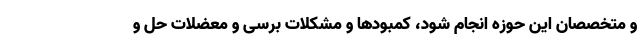
و متخصصان این حوزه انجام شود، کمبودها و مشکلات برسی و معضلات حل و